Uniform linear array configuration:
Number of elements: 4
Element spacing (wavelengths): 0.75
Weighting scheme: hann
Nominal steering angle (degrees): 45
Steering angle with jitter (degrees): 46.132
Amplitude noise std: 0.05
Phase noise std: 0.05

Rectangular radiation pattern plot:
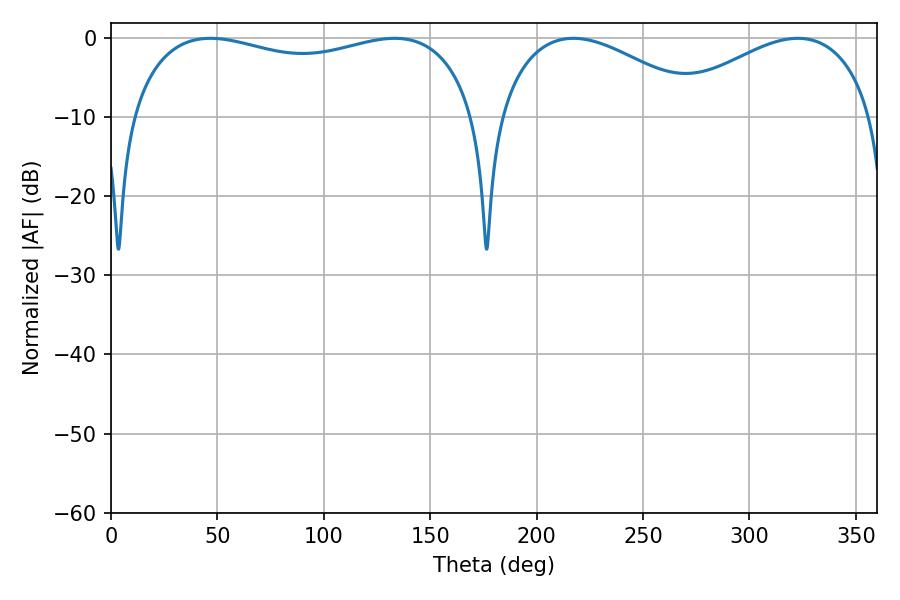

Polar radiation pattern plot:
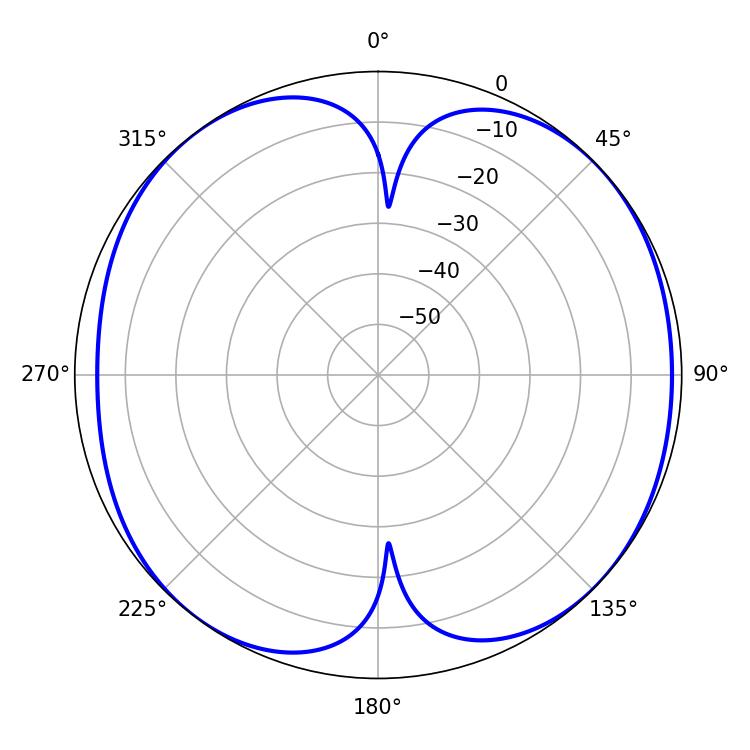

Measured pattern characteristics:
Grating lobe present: TRUE
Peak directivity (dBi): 9.015
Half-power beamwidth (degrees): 54
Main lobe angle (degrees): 217.26